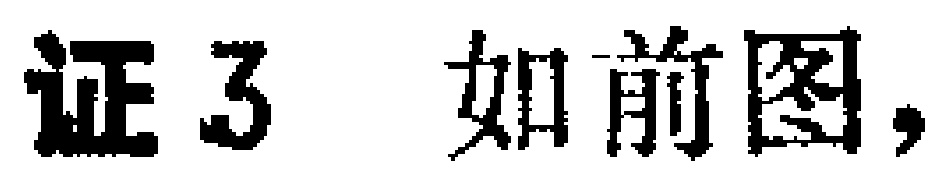
证3 如前图，